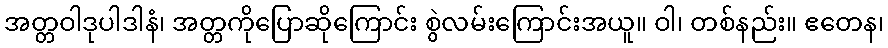
အတ္တဝါဒုပါဒါနံ၊ အတ္တကိုပြောဆိုကြောင်း စွဲလမ်းကြောင်းအယူ။ ဝါ၊ တစ်နည်း။ ဧတေန၊